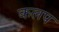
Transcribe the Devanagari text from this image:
कलप